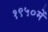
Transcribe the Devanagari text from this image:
१९५०में